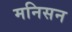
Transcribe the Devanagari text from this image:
मनिसन